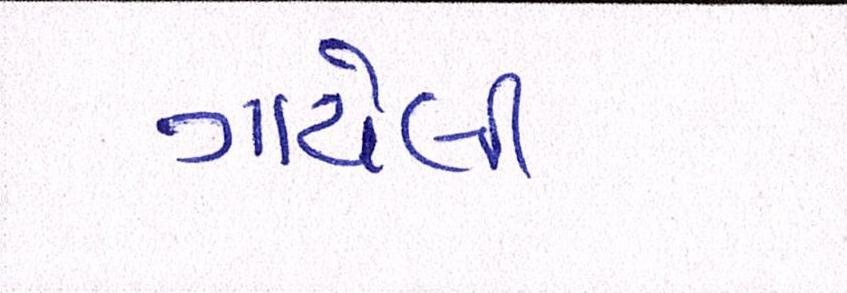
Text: ગાયેલી